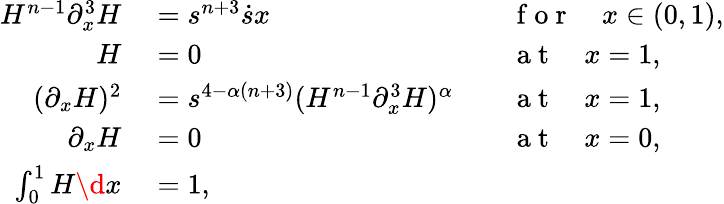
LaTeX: \begin{array}{rlrl}{H^{n-1}\partial_{x}^{3}H}&{{}=s^{n+3}\dot{s}x}&{}&{{}\mathrm{~f~o~r~}\quad x\in(0,1),}\\ {H}&{{}=0}&{}&{{}\mathrm{~a~t~}\quad x=1,}\\ {(\partial_{x}H)^{2}}&{{}=s^{4-\alpha(n+3)}(H^{n-1}\partial_{x}^{3}H)^{\alpha}}&{}&{{}\mathrm{~a~t~}\quad x=1,}\\ {\partial_{x}H}&{{}=0}&{}&{{}\mathrm{~a~t~}\quad x=0,}\\ {\int_{0}^{1}H\d x}&{{}=1,}&{}&{{}}\end{array}